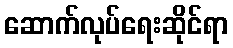
ဆောက်လုပ်ရေးဆိုင်ရာ